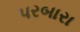
પરબારા